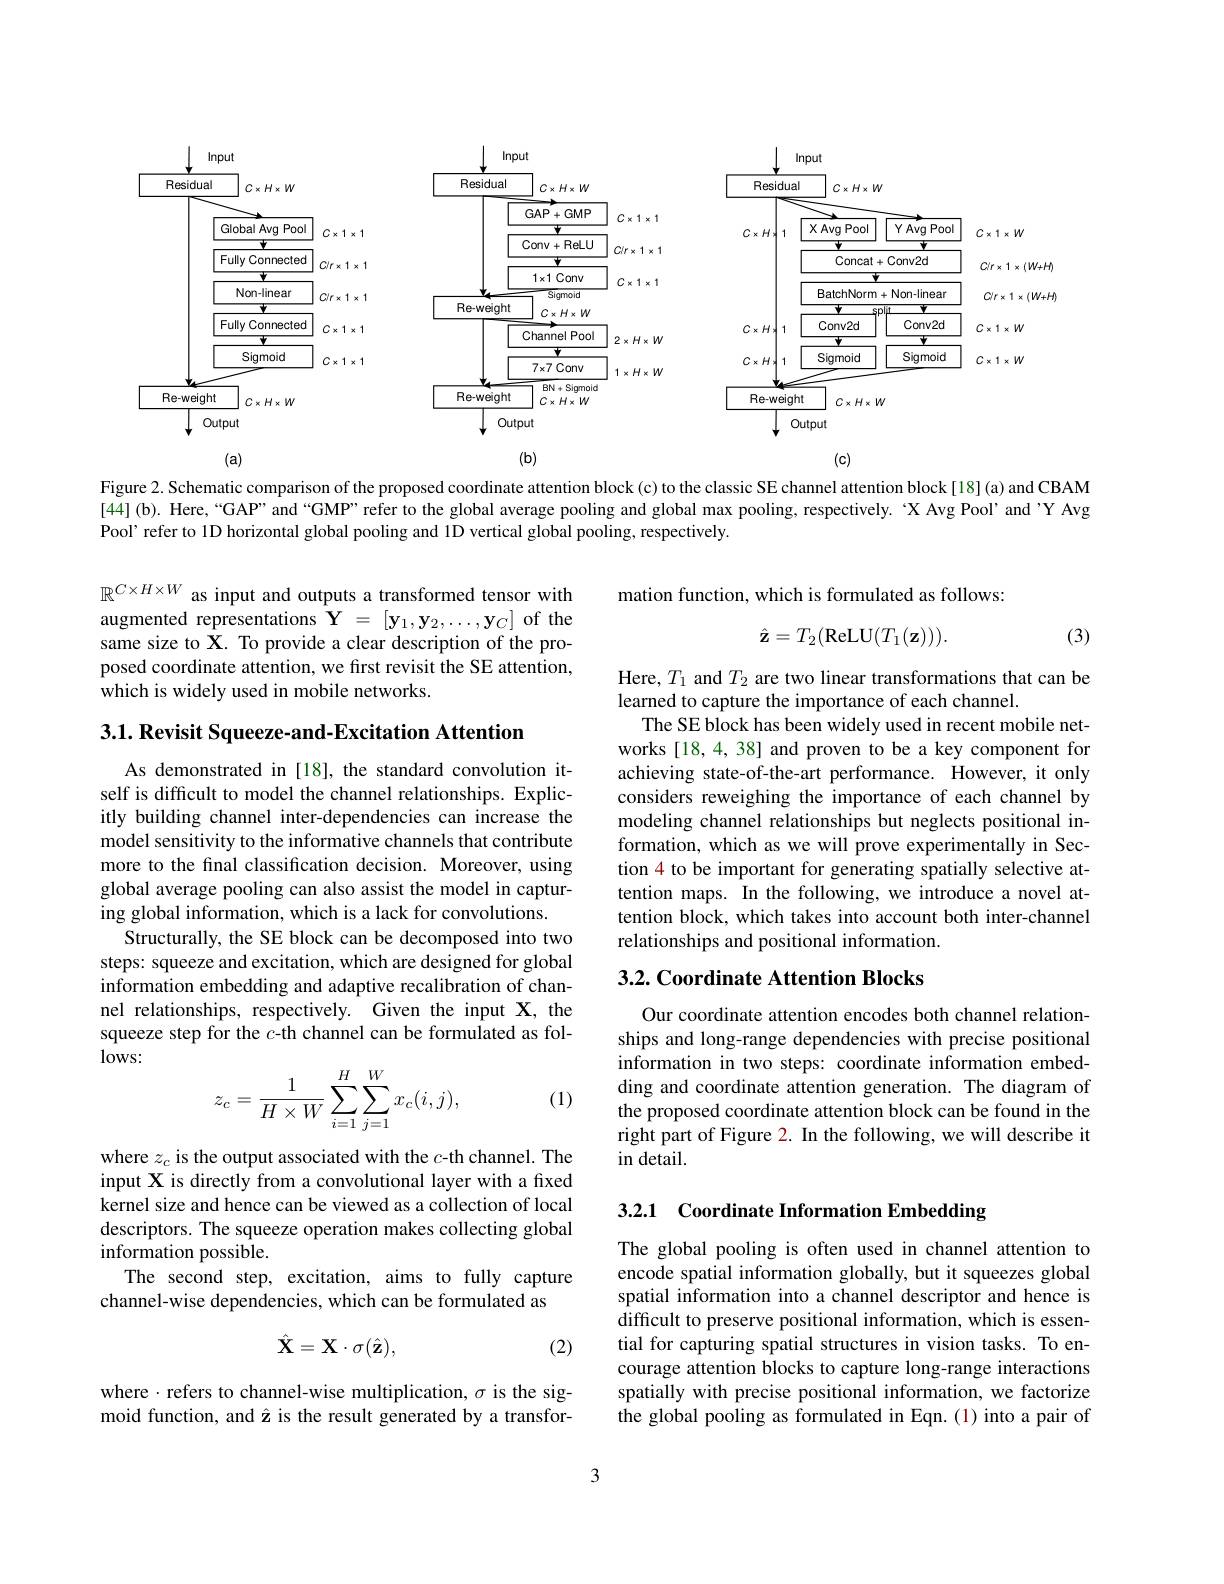
<FigureHere>

Figure 2. Schematic comparison of the proposed coordinate attention block (c) to the classic SE channel attention block[18](a) and CBAM [44](b). Here,“GAP”and“GMP”refer to the global average pooling and global max pooling, respectively. ‘X Avg Pool’ and’Y Avg Pool' refer to 1D horizontal global pooling and 1D vertical global pooling, respectively.

mation function, which is formulated as follows:
$$\hat{\mathbf{z}}=T_2(\mathrm{ReLU}(T_1(\mathbf{z}))).$$
(3)

$\mathbb{R}^{C\times H\times W}$ as input and outputs a transformed tensor with augmented representations $\mathbf{Y}=[\mathbf{y}_1,\mathbf{y}_2,\ldots,\mathbf{y}_C]$ of the same size to $\hat{\mathbf{X}}.$ To provide a clear description of the proposed coordinate attention, we first revisit the SE attention, which is widely used in mobile networks.

$3. 1. \textbf{Revisit Squeeze- and- Excitation Attention}$

Here, $T_1$ and $T_2$ are two linear transformations that can be
learned to capture the importance of each channel.
The SE block has been widely used in recent mobile networks [18,4,38] and proven to be a key component for achieving state-of-the-art performance. However, it only considers reweighing the importance of each channel by modeling channel relationships but neglects positional information, which as we will prove experimentally in Section 4 to be important for generating spatially selective attention maps. In the following, we introduce a novel attention block, which takes into account both inter-channel relationships and positional information.

As demonstrated in [18], the standard convolution itself is difficult to model the channel relationships. Explicitly building channel inter-dependencies can increase the model sensitivity to the informative channels that contribute more to the final classification decision. Moreover, using global average pooling can also assist the model in capturing global information, which is a lack for convolutions.
Structurally, the SE block can be decomposed into two steps: squeeze and excitation, which are designed for global information embedding and adaptive recalibration of channel relationships, respectively. Given the input $\mathbf{X}$, the squeeze step for the $c$-th channel can be formulated as fol- $lows:$

## 3.2. Coordinate Attention Blocks

Our coordinate attention encodes both channel relationships and long-range dependencies with precise positional $\hat{\text{information in two steps: coordinate information embed-}}$ ding and coordinate attention generation. The diagram of the proposed coordinate attention block can be found in the right part of Figure 2. In the following, we will describe it in detail.

(1)
$$z_c=\frac{1}{H\times W}\sum_{i=1}^{H}\sum_{j=1}^{W}x_c(i,j),$$
3.2.1 Coordinate Information Embedding

where $z_c$ is the output associated with the $c$-th channel. The input X is directly from a convolutional layer with a fixed kernel size and hence can be viewed as a collection of local descriptors. The squeeze operation makes collecting global information possible.
The second step, excitation, aims to fully capture
channel-wise dependencies, which can be formulated as

The global pooling is often used in channel attention to encode spatial information globally, but it squeezes global spatial information into a channel descriptor and hence is difficult to preserve positional information, which is essential for capturing spatial structures in vision tasks. To encourage attention blocks to capture long-range interactions spatially with precise positional information, we factorize the global pooling as formulated in Eqn.(1) into a pair of
$$\hat{\mathbf{X}}=\mathbf{X}\cdot\sigma(\hat{\mathbf{z}}),$$
(2)

where $\cdot$ refers to channel-wise multiplication, $\sigma$ is the sigmoid function, and $\hat{\mathbf{z}}$ is the result generated by a transfor-

3